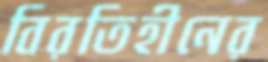
বিরতিহীনের